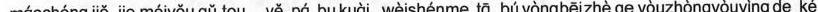
máochóng jiě jie méiyǒu gǔ tou yě pá bu kuài wèishénme tā bú yòngbēizhè ge yòuzhòngyòuyìng de ké